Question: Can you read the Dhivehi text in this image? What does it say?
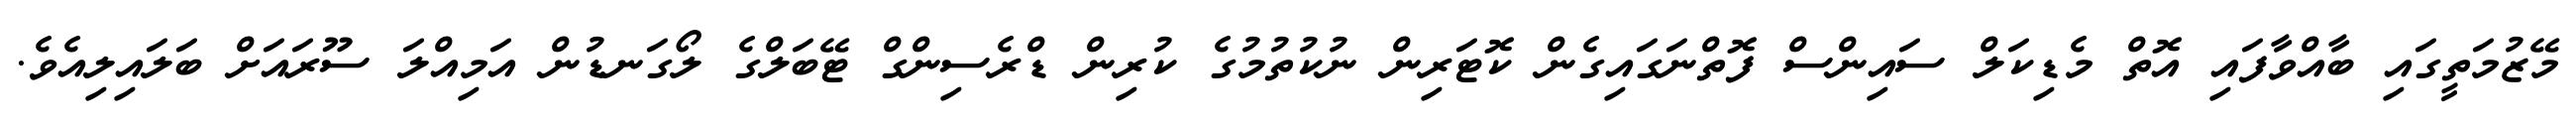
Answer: މޭޒުމަތީގައި ބާއްވާފައި އޮތް މެޑިކަލް ސައިންސް ފޮތްނަގައިގެން ކޮޓަރިން ނުކުތުމުގެ ކުރިން ޑްރެސިންގް ޓޭބަލްގެ ލޯގަނޑުން އަމިއްލަ ސޫރައަށް ބަލައިލިއެވެ.